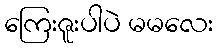
ကြေးဇူးပါပဲ မမလေး